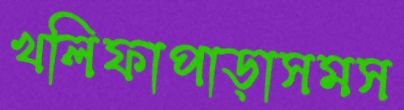
খলিফাপাড়াসমস